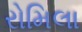
રોમિલા